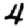
Digit: 4